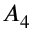
A _ { 4 }